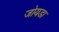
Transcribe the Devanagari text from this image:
जोयडा